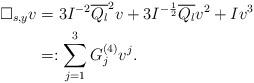
LaTeX: \begin{align*} \Box_{s,y} v &= 3 I^{-2} \overline{Q_l}^2 v + 3 I^{-\frac12} \overline{Q_l} v^2 + I v^3 \\&=: \sum_{j = 1}^3 G_j^{(4)} v^j.\end{align*}